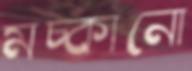
মচ্‌কানো